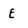
Character: E